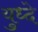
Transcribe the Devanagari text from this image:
युध्दे